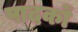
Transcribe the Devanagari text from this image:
पादकों